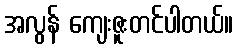
အလွန် ကျေးဇူးတင်ပါတယ်။